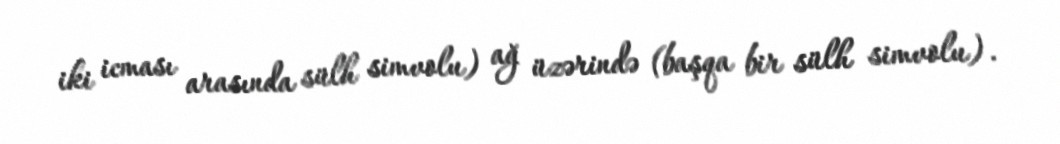
iki icması arasında sülh simvolu) ağ üzərində (başqa bir sülh simvolu).